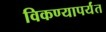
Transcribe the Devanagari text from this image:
विकण्यापर्यंत